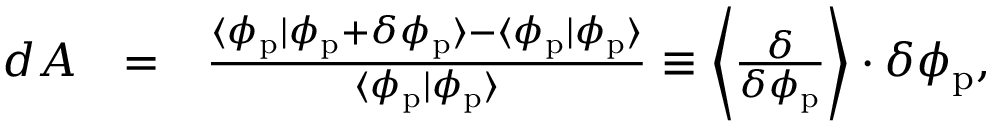
\begin{array} { r l r } { d A } & { = } & { \frac { \langle \phi _ { \mathrm { p } } | \phi _ { \mathrm { p } } + \delta \phi _ { \mathrm { p } } \rangle - \langle \phi _ { \mathrm { p } } | \phi _ { \mathrm { p } } \rangle } { \langle \phi _ { \mathrm { p } } | \phi _ { \mathrm { p } } \rangle } \equiv \left\langle \frac { \delta } { \delta \phi _ { \mathrm { p } } } \right\rangle \cdot \delta \phi _ { \mathrm { p } } , } \end{array}